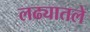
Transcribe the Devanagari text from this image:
लढ्यातले